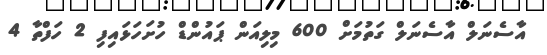
އާސެނަލް އާސެނަލް ގަތުމަށް 600 މިލިއަން ޕައުންޑް ހުށަހަޅައިފި 2 ހަފްތާ 4